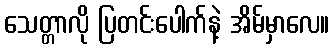
သေတ္တာလို ပြတင်းပေါက်နဲ့ အိမ်မှာလေ။